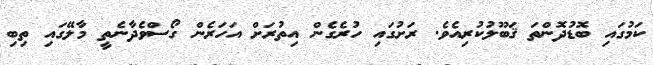
ކަމުގައި ބޮޑުދޮންތަ ޤަބޫލުކުރިއެވެ. ރަށުގައި ހުރެގެން އިތުރަށް އަހަރެން ގޯސްވެދާނެތީ މާލޭގައި ތިބި